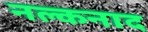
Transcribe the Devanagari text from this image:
नल्कनाद